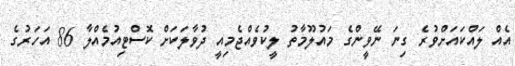
އެއް ލައްކައަށްވުރެ ގިނަ ނޭވީންގެ މައުލޫމާތު ލީކުވެއްޖެމިއީ ދުވާލަކަށް ކޮސްޓިއުމެއްލާ 86 އަހަރުގެ